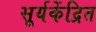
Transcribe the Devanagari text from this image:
सूर्यकेंद्रित